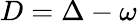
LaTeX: D=\Delta-\omega